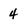
Character: 4